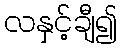
လနှင့်ချီ၍